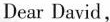
Dear David，